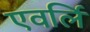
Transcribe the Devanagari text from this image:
एवर्लि